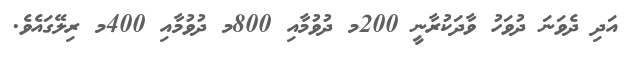
އަދި ދެވަނަ ދުވަހު ވާދަކުރާނީ 200މ ދުވުމާއި 800މ ދުވުމާއި 400މ ރިލޭގައެވެ.